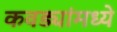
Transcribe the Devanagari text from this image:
कवड्यांमध्ये